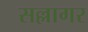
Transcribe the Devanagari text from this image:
सल्लागर